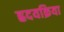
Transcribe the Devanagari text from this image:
ह्रदयक्रिया